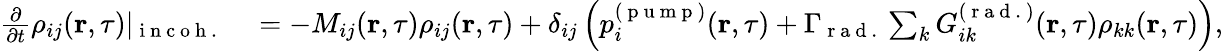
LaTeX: \begin{array}{rl}{\frac{\partial}{\partial t}\rho_{ij}(\textbf{r},\tau)|_{\mathrm{~i~n~c~o~h~.~}}}&{{}=-M_{ij}(\textbf{r},\tau)\rho_{ij}(\textbf{r},\tau)+\delta_{ij}\left(p_{i}^{(\mathrm{~p~u~m~p~})}(\textbf{r},\tau)+\Gamma_{\mathrm{~r~a~d~.~}}\sum_{k}G_{ik}^{(\mathrm{~r~a~d~.~})}(\textbf{r},\tau)\rho_{kk}(\textbf{r},\tau)\right),}\end{array}